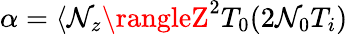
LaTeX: \alpha=\langle\mathcal{N}_{z}\rangleZ^{2}T_{0}(2\mathcal{N}_{0}T_{i})